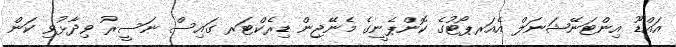
އައްޑޫ އިންޓަނޭޝަނަލް އެއަރޕޯޓުގެ ކޮންޕެނީގެ މެނޭޖިން ޑިރެކްޓަރ ގައިސް ނަސީރު ވިދާޅުވި ކަން